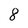
Character: 8